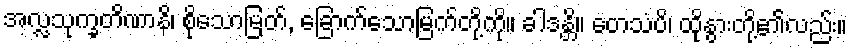
အလ္လသုက္ခတိဏာနိ၊ စိုသောမြတ်, ခြောက်သောမြက်တို့ကို။ ခါဒန္တိ။ တေသံပိ၊ ထိုနွားတို့၏လည်း။